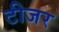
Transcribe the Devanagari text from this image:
टीजर